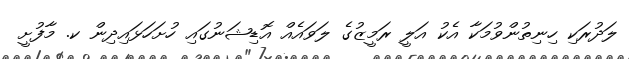
ލަދުރަކި ހިނިތުންވުމަކާ އެކު އަލީ ރަމީޒުގެ ލަވައެއް އޮޑިޝަނުގައި ހުށަހަޅައިދިން ކ. މާފުށީ